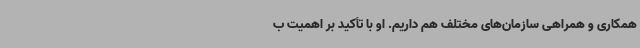
همکاری و همراهی سازمان‌های مختلف هم داریم. او با تأکید بر اهمیت ب